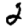
Digit: 2